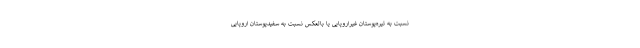
نسبت به تیره‌پوستان غیراروپایی یا بالعکس نسبت به سفیدپوستان اروپایی